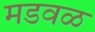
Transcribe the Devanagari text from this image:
मडवळ